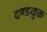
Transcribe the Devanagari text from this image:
दण्डयुक्त